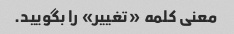
معنی کلمه «تغییر» را بگویید.